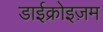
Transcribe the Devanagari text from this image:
डाईक्रोइज़म